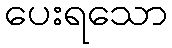
ပေးရသော